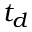
t _ { d }